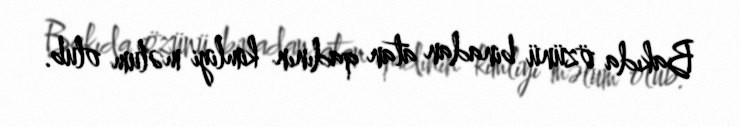
Bakıda özünü binadan atan qadının kimliyi məlum olub.